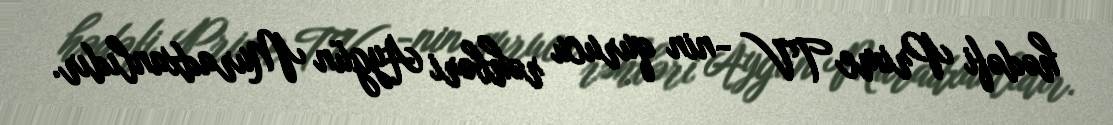
hədəfi Prime TV -nin qurucu rəhbəri Aygün Muradxanlıdır.